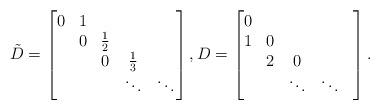
LaTeX: \begin{align*}{\tilde{D}} = \left[ \begin{matrix}0 & 1 & & & \\ & 0 & \frac{1}{2} & & \\ & & 0 & \frac{1}{3} & \\ & & & \ddots & \ddots\end{matrix} \right] ,D = \left[ \begin{matrix}0 & & & & \\ 1 & 0 & & & \\ & 2 & 0 & & \\ & & \ddots & \ddots\end{matrix} \right] .\end{align*}